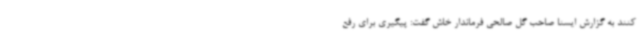
کنند به گزارش ایسنا صاحب گل صالحی فرماندار خاش گفت: پیگیری برای رفع